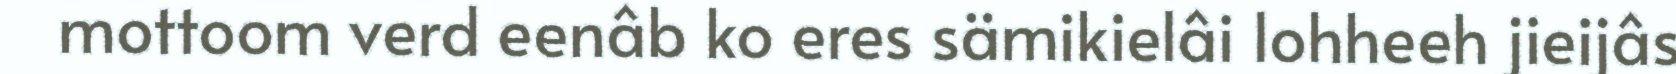
mottoom verd eenâb ko eres sämikielâi lohheeh jieijâs